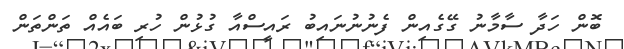
ބޮން ހަދާ ސާމާނު ގޭގެއިން ފެނުނުނައިބު ރައީސްއާ ގުޅުން ހުރި ބައެއް ތަންތަން